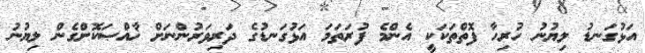
އަޅުގަނޑު ލިޔުނު ހުރިހާ ފޮތްތަކަކީ އެންމެ ފުރަތަމަ އަޅުގަނޑުގެ ދަރިވަރުންނަށް ޚާއްޞަކޮށްގެން ލިޔުނު